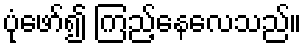
ပုံဖော်၍ ကြည့်နေလေသည်။